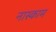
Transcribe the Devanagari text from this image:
नास्काम